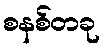
စနစ်တခု